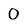
Character: 0